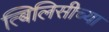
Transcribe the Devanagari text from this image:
त्बिलिसीच्या